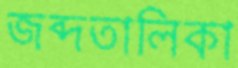
জব্দতালিকা